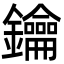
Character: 鑰